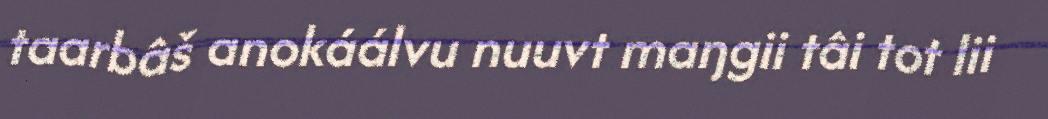
taarbâš anokáálvu nuuvt maŋgii tâi tot lii